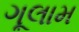
ગૂલામ